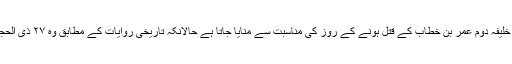
اس روز عید زہرا اور فرحۃُ الزہراء کے نام سے خوشی کی محافل برپا ہوتی ہیں جنہیں خلیفہ دوم عمر بن خطاب کے قتل ہونے کے روز کی مناسبت سے منایا جاتا ہے حالانکہ تاریخی روایات کے مطابق وہ ۲۷ ذی‌ الحجہ کو ابو لؤلؤ کے ہاتھوں زخمی ہوئے اور اس کے تین بعد دار فانی سے کوچ کر گئے۔